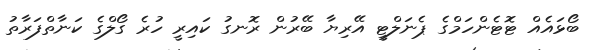
ބޯޅައެއް ޓޮޓެންހަމްގެ ޕެނަލްޓީ އޭރިޔާ ބޭރުން ރޮނގު ކައިރީ ހުރެ ގޯލްގެ ކަނާތްފަރާތު